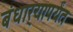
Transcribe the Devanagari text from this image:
बंधार्‍यापर्यंत